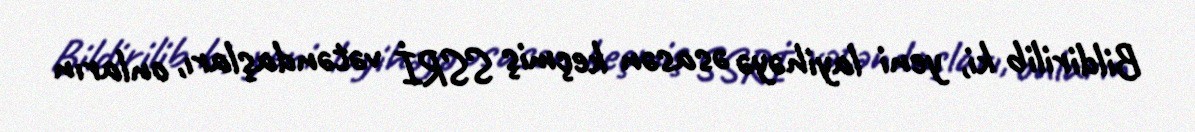
Bildirilib ki, yeni layihəyə əsasən keçmiş SSRİ vətəndaşları, onların